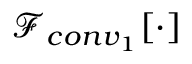
\mathscr { F } _ { c o n v _ { 1 } } [ \cdot ]